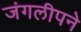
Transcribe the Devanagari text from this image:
जंगलीपने